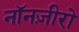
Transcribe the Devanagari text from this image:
नॉनज़ीरो